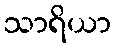
သာရိယာ